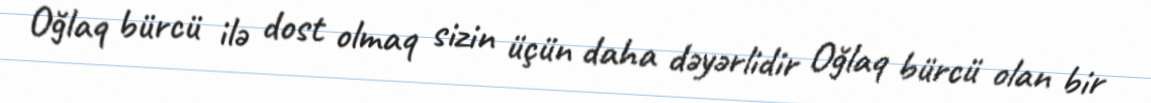
Oğlaq bürcü ilə dost olmaq sizin üçün daha dəyərlidir Oğlaq bürcü olan bir